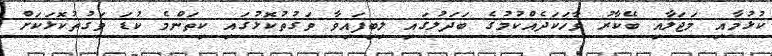
ކުޅުމާއި މަޖަލާއި ބޭކާރު ވާހަކަދެއްކުމުގެ ބަދަލުގައި ލިބިފައިވާ ވަގުތުކޮޅުގައި ކިތަންމެ ކުޑަ ވަގުތުކޮޅަކަށް